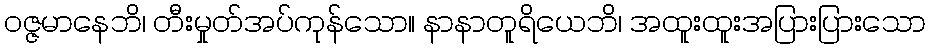
ဝဇ္ဇမာနေဘိ၊ တီးမှုတ်အပ်ကုန်သော။ နာနာတူရိယေဘိ၊ အထူးထူးအပြားပြားသော